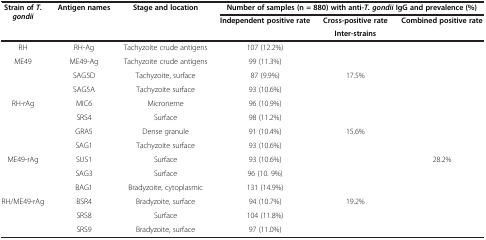
| <ROWSPAN=3> Strain of T. gondii | <ROWSPAN=3> Antigen names | <ROWSPAN=3> Stage and location | <COLSPAN=3> Number of samples (n = 880) with anti-T. gondii IgG and prevalence (%) |
 | <ROWSPAN=2> Independent positive rate | Cross-positive rate | <ROWSPAN=2> Combined positive rate |
 | Inter-strains |
 | --- | --- | --- | --- | --- | --- |
 | RH | RH-Ag | Tachyzoite crude antigens | 107 (12.2%) |  |  |
 | ME49 | ME49-Ag | Tachyzoite crude antigens | 99 (11.3%) |  |  |
 | <ROWSPAN=2>  | SAG5D | Tachyzoite, surface | 87 (9.9%) | <ROWSPAN=4> 17.5% | <ROWSPAN=6>  |
 | SAG5A | Tachyzoite surface | 93 (10.6%) |
 | <ROWSPAN=2> RH-rAg | MIC6 | Microneme | 96 (10.9%) |
 | SRS4 | Surface | 98 (11.2%) |
 | <ROWSPAN=2>  | GRA5 | Dense granule | 91 (10.4%) | <ROWSPAN=5> 15.6% |
 | SAG1 | Tachyzoite surface | 93 (10.6%) |
 | <ROWSPAN=3> ME49-rAg | SUS1 | Surface | 93 (10.6%) | <ROWSPAN=6> 28.2% |
 | SAG3 | Surface | 96 (10. 9%) |
 | BAG1 | Bradyzoite, cytoplasmic | 131 (14.9%) |
 | <ROWSPAN=3> RH/ME49-rAg | BSR4 | Bradyzoite, surface | 94 (10.7%) | <ROWSPAN=3> 19.2% |
 | SRS8 | Surface | 104 (11.8%) |
 | SRS9 | Bradyzoite, surface | 97 (11.0%) |